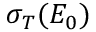
\sigma _ { T } ( E _ { 0 } )